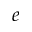
e